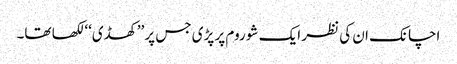
اچانک ان کی نظر ایک شو روم پر پڑی جس پر ’’کھڈی‘‘ لکھا تھا۔